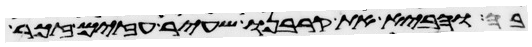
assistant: בה והביא את קרבנו שעיר עזים זכר